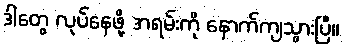
ဒါတွေ လုပ်နေဖို့ အရမ်းကို နောက်ကျသွားပြီ။